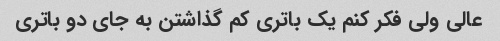
عالی ولی فکر کنم یک باتری کم گذاشتن به جای دو باتری